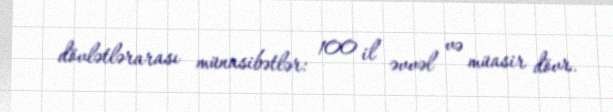
dövlətlərarası münasibətlər: 100 il əvvəl və müasir dövr.